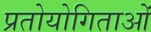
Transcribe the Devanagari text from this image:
प्रतोयोगिताओं